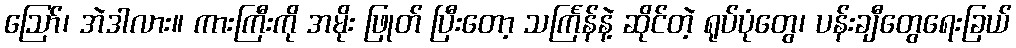
ဪ၊ အဲဒါလား။ ကားကြီးကို အမိုး ဖြုတ် ပြီးတော့ သင်္ကြန်နဲ့ ဆိုင်တဲ့ ရုပ်ပုံတွေ၊ ပန်းချီတွေရေးခြယ်